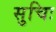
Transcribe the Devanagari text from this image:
सुचिः